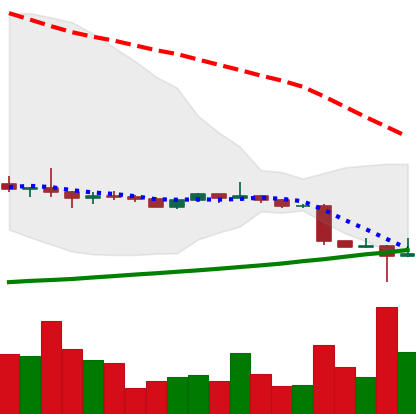
Ticker: ETC-USD
Chart end date: 2022-10-14
Forward return: -3.493%
Label: down_3_5